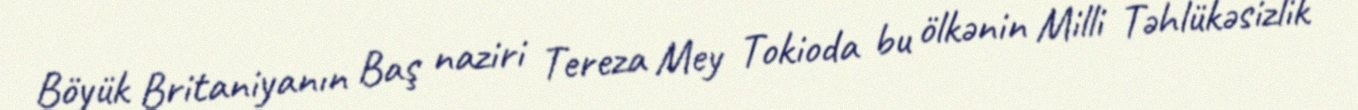
Böyük Britaniyanın Baş naziri Tereza Mey Tokioda bu ölkənin Milli Təhlükəsizlik